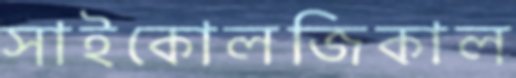
সাইকোলজিকাল